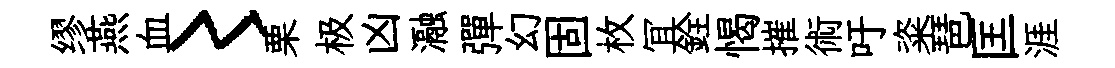
缪燕血〻栗极凶瀜彈幻固枚冝銓愒摧術吁粢琶匡涯